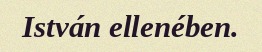
István ellenében.